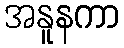
အနူနကာ